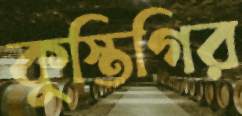
কুস্তিগির